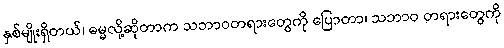
နှစ်မျိုးရှိတယ်၊ ဓမ္မလို့ဆိုတာက သဘာဝတရားတွေကို ပြောတာ၊ သဘာဝ တရားတွေကို